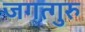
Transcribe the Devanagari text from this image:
जगत्गुरु